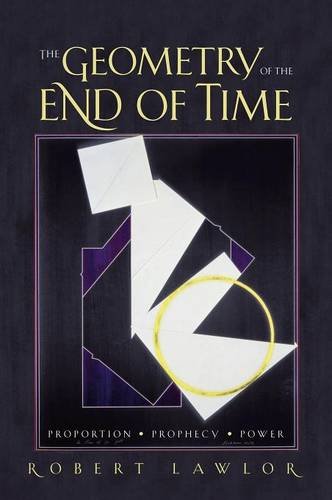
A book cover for The Geometry of the End of Time; Robert Lawlor; Religion & Spirituality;